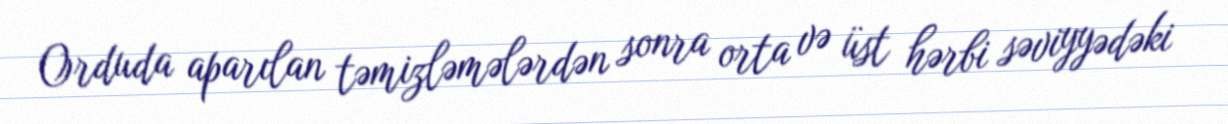
Orduda aparılan təmizləmələrdən sonra orta və üst hərbi səviyyədəki